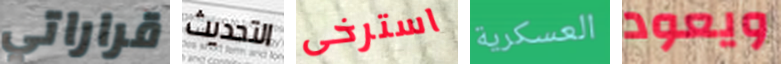
قراراتي التحديث استرخى العسكرية ويعود